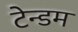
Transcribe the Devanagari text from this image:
टेन्डम